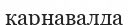
карнавалда